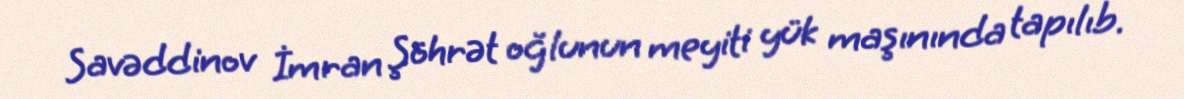
Savəddinov İmran Şöhrət oğlunun meyiti yük maşınında tapılıb.